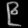
Digit: ၉